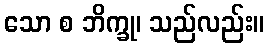
သော စ ဘိက္ခု၊ သည်လည်း။